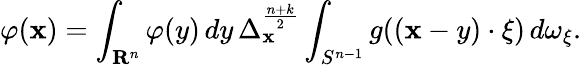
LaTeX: \varphi(\mathbf{x})=\int_{\mathbf{{R}}^{n}}\varphi(y)\, dy\, \Delta_{\mathbf{x}}^{\frac{{n+k}}{{2}}}\int_{S^{n-1}}g((\mathbf{x}-y)\cdot\xi)\, d\omega_{\xi}.